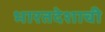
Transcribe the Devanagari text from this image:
भारतदेशाची